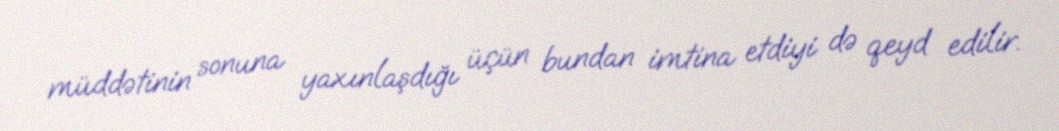
müddətinin sonuna yaxınlaşdığı üçün bundan imtina etdiyi də qeyd edilir.